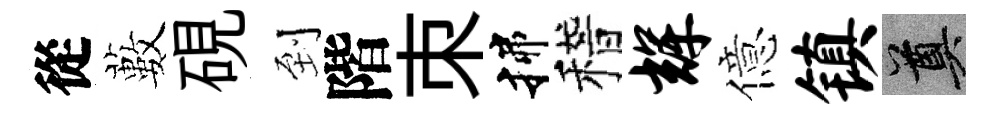
從藪硯到階朿揲稽辉億镇奠